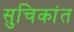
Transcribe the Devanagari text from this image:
सुचिकांत